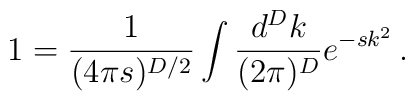
1=\frac{1}{(4\pi s)^{D/2}}\int\frac{d^{D}k}{(2\pi)^{D}}     e^{-s k^{2}}\, .